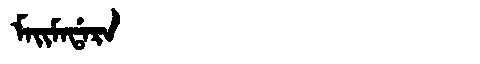
Manchu: ᠮᠠᡳᠮᠠᡩᠠᡵᠠ
Romanization: MAIMADARA